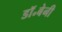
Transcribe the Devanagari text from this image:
डॉ॰बेनी